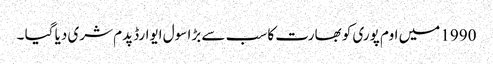
1990 میں اوم پوری کو بھارت کا سب سے بڑا سول ایوارڈ پدم شری دیا گیا ۔